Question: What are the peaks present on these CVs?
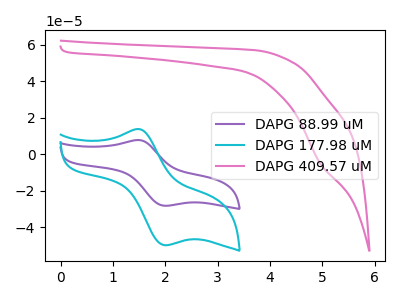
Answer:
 <answer>The purple curve "DAPG 88.99 uM" has an anodic peak at (1.45V, 7.85uA) and a cathodic peak at (2.00V, -28.20uA). The cyan curve "DAPG 177.98 uM" has an anodic peak at (1.45V, 13.85uA) and a cathodic peak at (2.00V, -49.85uA). The pink curve "DAPG 409.57 uM" has a cathodic peak at: (4.95V, -5.20uA).</answer>
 <eval></eval>